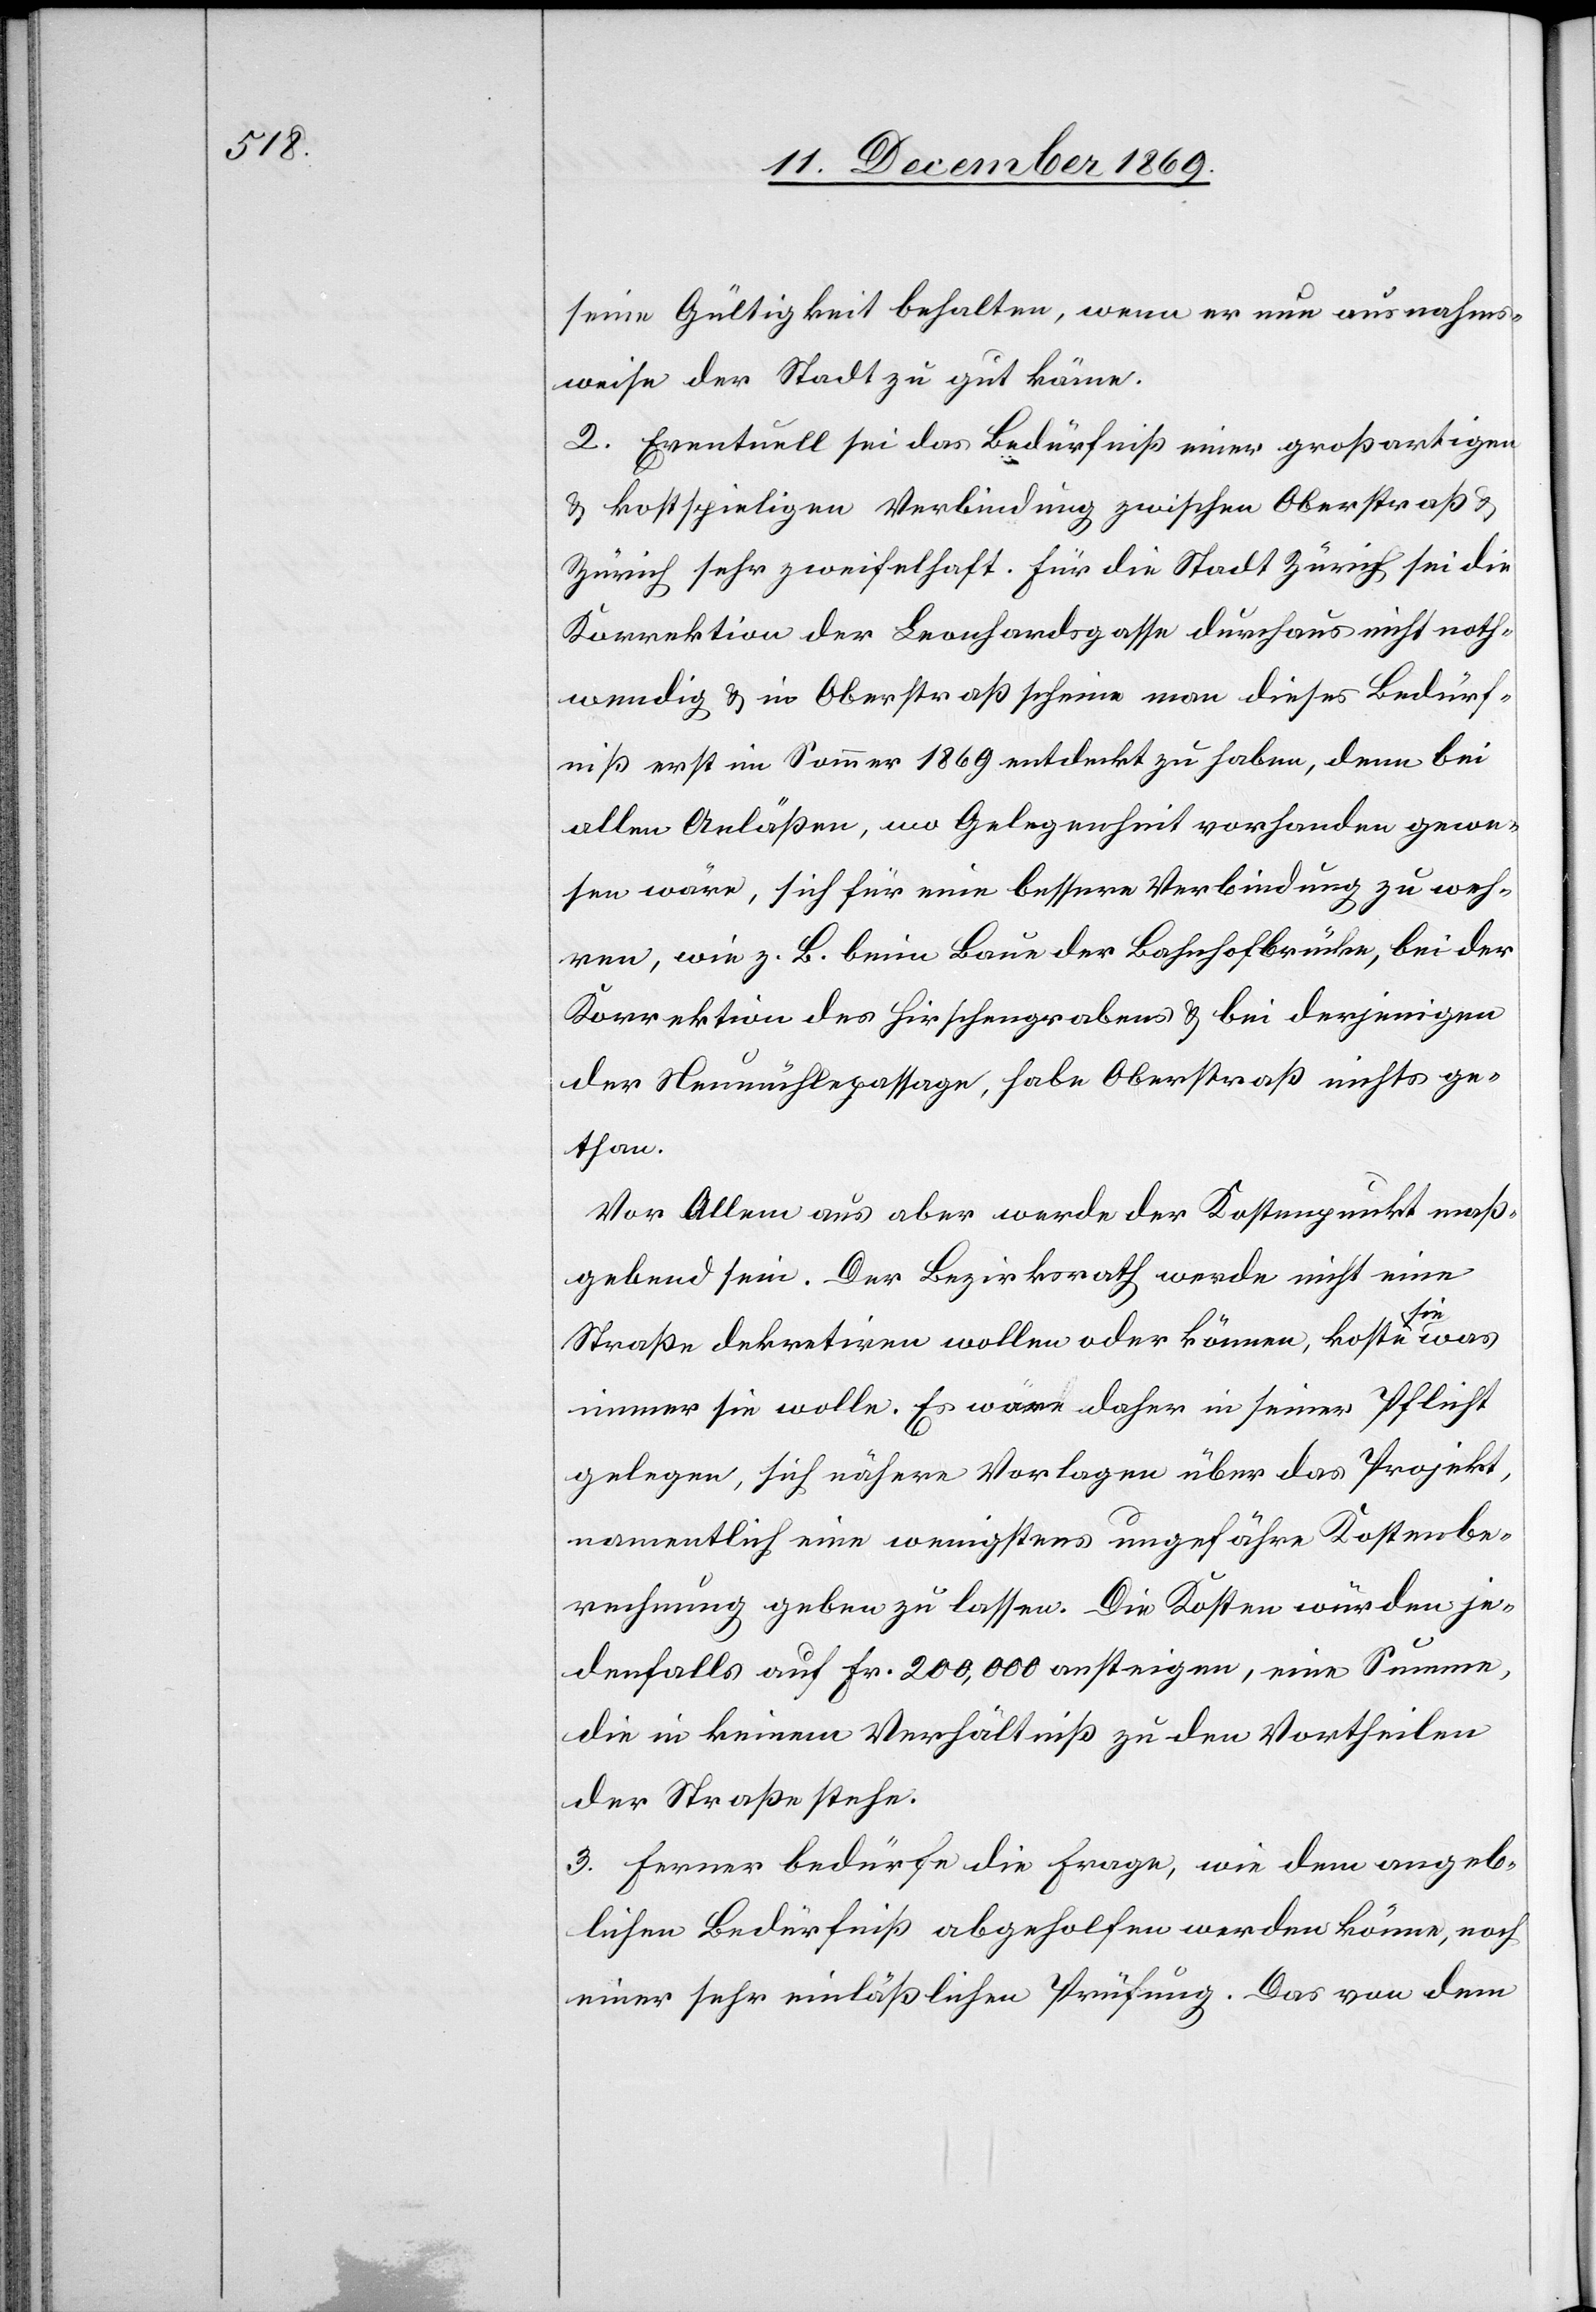
seine Gültigkeit behalten, wenn er nun ausnahms¬
weise der Stadt zu gut käme.
2. Eventuell sei das Bedürfniß einer großartigen
& kostspieligen Verbindung zwischen Oberstraß &
Zürich sehr zweifelhaft. Für die Stadt Zürich sei die
Korrektion der Leonhardsgasse durchaus nicht noth¬
wendig & in Oberstraß scheine man dieses Bedürf¬
niß erst im Sommer 1869 entdeckt zu haben, denn bei
allen Anläßen, wo Gelegenheit vorhanden gewe¬
sen wäre, sich für eine bessere Verbindung zu weh¬
ren, wie z. B. beim Baue der Bahnhofbrücke, bei der
Korrektion des Hirschengrabens & bei derjenigen
der Neumühlepassage, habe Oberstraß nichts ge¬
than.
Vor Allem aus aber werde der Kostenpunkt maß¬
gebend sein. Der Bezirksrath werde nicht eine
Straße dekretiren wollen oder können, koste sie was
immer sie wolle. Es wäre daher in seiner Pflicht
gelegen, sich nähere Vorlagen über das Projekt,
namentlich eine wenigstens ungefähre Kostenbe¬
rechnung geben zu lassen. Die Kosten würden je¬
denfalls auf Fr. 200,000 ansteigen, eine Summe,
die in keinem Verhältniß zu den Vortheilen
der Straße stehe.
3. Ferner bedürfe die Frage, wie dem angeb¬
lichen Bedürfniß abgeholfen werden könne, noch
einer sehr einläßlichen Prüfung. Das von dem